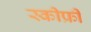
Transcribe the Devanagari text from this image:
स्कीफ्री